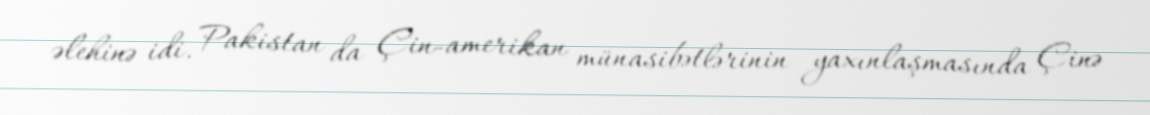
əlehinə idi. Pakistan da Çin-amerikan münasibətlərinin yaxınlaşmasında Çinə